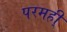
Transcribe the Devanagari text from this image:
परमही्